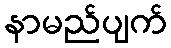
နာမည်ပျက်